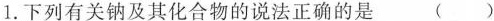
1.下列有关钠及其化合物的说法正确的是 ( )